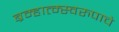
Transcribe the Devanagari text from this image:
ब्रम्हात्म्स्वरुपाचे